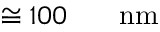
\cong 1 0 0 \ensuremath { \mathrm { ~ \textrm ~ { ~ \, ~ } ~ } } \ensuremath { \mathrm { n m } }